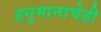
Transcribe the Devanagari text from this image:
हनुमानाचेही